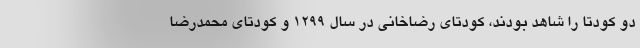
دو کودتا را شاهد بودند، کودتای رضاخانی در سال ۱۲۹۹ و کودتای محمدرضا